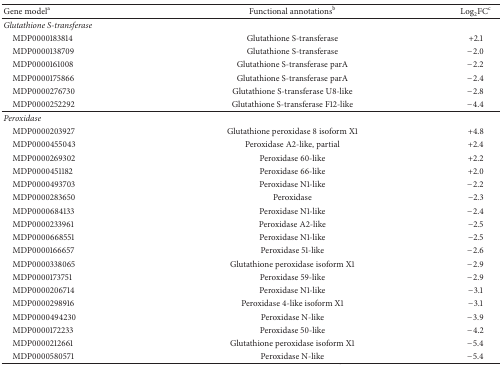
<table><thead><tr><td><b>Gene model<sup>a</sup></b></td><td><b>Functional annotations<sup>b</sup></b></td><td><b>Log<sub>2</sub>FC<sup>c</sup></b></td></tr></thead><tbody><tr><td colspan="3"><i>Glutathione S-transferase</i></td></tr><tr><td> MDP0000183814</td><td>Glutathione S-transferase</td><td>+2.1</td></tr><tr><td> MDP0000138709</td><td>Glutathione S-transferase</td><td>−2.0</td></tr><tr><td> MDP0000161008</td><td>Glutathione S-transferase parA</td><td>−2.2</td></tr><tr><td> MDP0000175866</td><td>Glutathione S-transferase parA</td><td>−2.4</td></tr><tr><td> MDP0000276730</td><td>Glutathione S-transferase U8-like</td><td>−2.8</td></tr><tr><td> MDP0000252292</td><td>Glutathione S-transferase F12-like</td><td>−4.4</td></tr><tr><td colspan="3"><i>Peroxidase</i></td></tr><tr><td> MDP0000203927</td><td>Glutathione peroxidase 8 isoform X1</td><td>+4.8</td></tr><tr><td> MDP0000455043</td><td>Peroxidase A2-like, partial</td><td>+2.4</td></tr><tr><td> MDP0000269302</td><td>Peroxidase 60-like</td><td>+2.2</td></tr><tr><td> MDP0000451182</td><td>Peroxidase 66-like</td><td>+2.0</td></tr><tr><td> MDP0000493703</td><td>Peroxidase N1-like</td><td>−2.2</td></tr><tr><td> MDP0000283650</td><td>Peroxidase</td><td>−2.3</td></tr><tr><td> MDP0000684133</td><td>Peroxidase N1-like</td><td>−2.4</td></tr><tr><td> MDP0000233961</td><td>Peroxidase A2-like</td><td>−2.5</td></tr><tr><td> MDP0000668551</td><td>Peroxidase N1-like</td><td>−2.5</td></tr><tr><td> MDP0000166657</td><td>Peroxidase 51-like</td><td>−2.6</td></tr><tr><td> MDP0000338065</td><td>Glutathione peroxidase isoform X1</td><td>−2.9</td></tr><tr><td> MDP0000173751</td><td>Peroxidase 59-like</td><td>−2.9</td></tr><tr><td> MDP0000206714</td><td>Peroxidase N1-like</td><td>−3.1</td></tr><tr><td> MDP0000298916</td><td>Peroxidase 4-like isoform X1</td><td>−3.1</td></tr><tr><td> MDP0000494230</td><td>Peroxidase N-like</td><td>−3.9</td></tr><tr><td> MDP0000172233</td><td>Peroxidase 50-like</td><td>−4.2</td></tr><tr><td> MDP0000212661</td><td>Glutathione peroxidase isoform X1</td><td>−5.4</td></tr><tr><td> MDP0000580571</td><td>Peroxidase N-like</td><td>−5.4</td></tr></tbody></table>